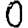
Digit: 0